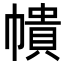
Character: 𭘵